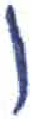
אות: ו